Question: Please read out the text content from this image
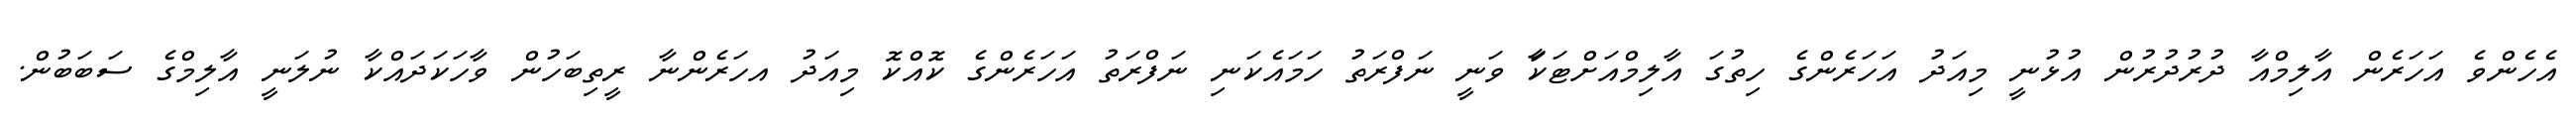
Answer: އެހެންވެ އަހަރެން އާލިމްއާ ދުރުދުރުން އުޅުނީ މިއަދު އަހަރެންގެ ހިތުގަ އާލިމްއަށްޓަކަާ ވަނީ ނަފްރަތު ހަމައެކަނި ނަފްރަތު އަހަރެންގެ ކޮއްކޮ މިއަދު އހަރެންނާ ރީތިބަހުން ވާހަކަދައްކާ ނުލަނީ އާލިމްގެ ސަބަބުން.